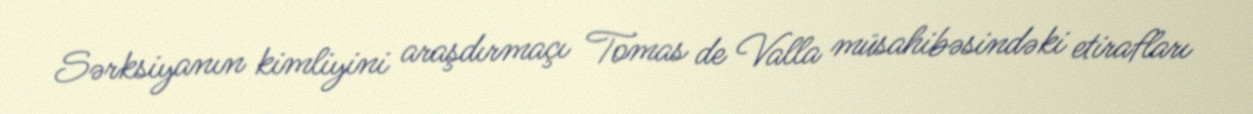
Sərksiyanın kimliyini araşdırmaçı Tomas de Valla müsahibəsindəki etirafları